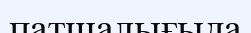
патшалығыда